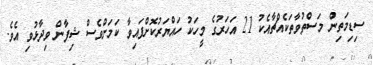
ސިޑިމަތިން މަސްތުވާތަކެއްޗާއެކު 21 އަހަރުގެ މީހަކު ހައްޔަރުކޮށްފައިވާ ކަމަށްވެސް ޝިފާން ވިދާޅުވި އެވެ.